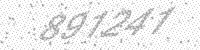
Solution: 891241